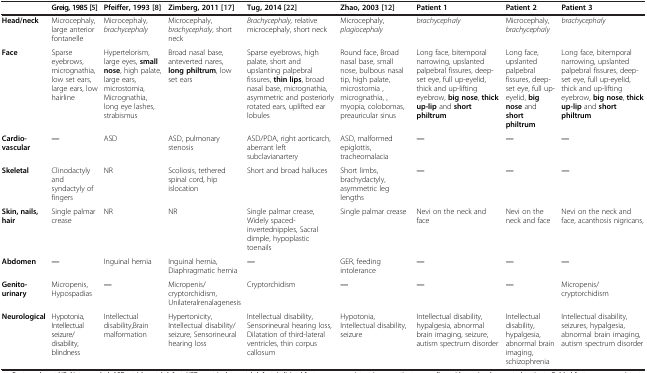
<table><thead><tr><td></td><td><b>Greig, 1985[5]</b></td><td><b>Pfeiffer, 1993[8]</b></td><td><b>Zimberg, 2011[17]</b></td><td><b>Tug, 2014[22]</b></td><td><b>Zhao, 2003[12]</b></td><td><b>Patient 1</b></td><td><b>Patient 2</b></td><td><b>Patient 3</b></td></tr></thead><tbody><tr><td><b>Head/neck</b></td><td>Microcephaly, large anterior fontanelle</td><td>Microcephaly, <i>brachycephaly</i></td><td>Microcephaly, <i>brachycephaly</i>, short neck</td><td><i>Brachycephaly,</i> relative microcephaly, short neck</td><td>Microcephaly, <i>plagiocephaly</i></td><td><i>brachycephaly</i></td><td>Microcephaly, <i>brachycephaly</i></td><td><i>brachycephaly</i></td></tr><tr><td><b>Face</b></td><td>Sparse eyebrows,micrognathia, low set ears, large ears, low hairline</td><td>Hypertelorism, large eyes, <b>small nose</b>, high palate, large ears,microstomia,Micrognathia, long eye lashes, strabismus</td><td>Broad nasal base, anteverted nares, <b>long philtrum</b>, low set ears</td><td>Sparse eyebrows, high palate, short and upslanting palpebral fissures, <b>thin lips</b>, broad nasal base, micrognathia, asymmetric and posteriorly rotated ears, uplifted ear lobules</td><td>Round face, Broad nasal base, small nose, bulbous nasal tip, high palate,microstomia ,micrognathia, ,myopia, colobomas, preauricular sinus</td><td>Long face, bitemporal narrowing, upslanted palpebral fissures, deep-set eye, full up-eyelid, thick and up-lifting eyebrow, <b>big nose</b>, <b>thick up-lip</b> and <b>short philtrum</b></td><td>Long face, upslanted palpebral fissures, deep-set eye, full up-eyelid, <b>big nose</b> and <b>short philtrum</b></td><td>Long face, bitemporal narrowing, upslanted palpebral fissures, deep-set eye, full up-eyelid, thick and up-lifting eyebrow, <b>big nose</b>, <b>thick up-lip</b> and <b>short philtrum</b></td></tr><tr><td><b>Cardio-vascular</b></td><td><b>—</b></td><td>ASD</td><td>ASD, pulmonary stenosis</td><td>ASD/PDA, right aorticarch, aberrant left subclavianartery</td><td>ASD, malformed epiglottis, tracheomalacia</td><td><b>—</b></td><td><b>—</b></td><td><b>—</b></td></tr><tr><td><b>Skeletal</b></td><td>Clinodactyly and syndactyly of fingers</td><td>NR</td><td>Scoliosis, tethered spinal cord, hip islocation</td><td>Short and broad halluces</td><td>Short limbs, brachydactyly, asymmetric leg lengths</td><td><b>—</b></td><td><b>—</b></td><td><b>—</b></td></tr><tr><td><b>Skin, nails, hair</b></td><td>Single palmar crease</td><td>NR</td><td>NR</td><td>Single palmar crease,Widely spaced-invertednipples, Sacral dimple, hypoplastic toenails</td><td>Single palmar crease</td><td>Nevi on the neck and face</td><td>Nevi on the neck and face</td><td>Nevi on the neck and face, acanthosis nigricans,</td></tr><tr><td><b>Abdomen</b></td><td><b>—</b></td><td>Inguinal hernia</td><td>Inguinal hernia,Diaphragmatic hernia</td><td><b>—</b></td><td>GER, feeding intolerance</td><td><b>—</b></td><td><b>—</b></td><td><b>—</b></td></tr><tr><td><b>Genito-urinary</b></td><td>Micropenis, Hypospadias</td><td><b>—</b></td><td>Micropenis/cryptorchidism,Unilateralrenalagenesis</td><td>Cryptorchidism</td><td><b>—</b></td><td><b>—</b></td><td><b>—</b></td><td>Micropenis/cryptorchidism</td></tr><tr><td><b>Neurological</b></td><td>Hypotonia,Intellectual seizure/disability,blindness</td><td>Intellectual disability,Brain malformation</td><td>Hypertonicity,Intellectual disability/seizure, Sensorineural hearing loss</td><td>Intellectual disability,Sensorineural hearing loss,Dilatation of third-lateral ventricles, thin corpus callosum</td><td>Hypotonia, Intellectual disability, seizure</td><td>Intellectual disability,hypalgesia, abnormal brain imaging, seizure, autism spectrum disorder</td><td>Intellectual disability,hypalgesia,abnormal brain imaging, schizophrenia</td><td>Intellectual disability,seizures, hypalgesia,abnormal brain imaging, autism spectrum disorder</td></tr></tbody></table>